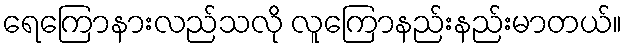
ရေကြောနားလည်သလို လူကြောနည်းနည်းမာတယ်။